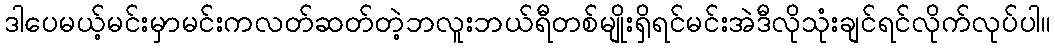
ဒါပေမယ့်မင်းမှာမင်းကလတ်ဆတ်တဲ့ဘလူးဘယ်ရီတစ်မျိုးရှိရင်မင်းအဲဒီလိုသုံးချင်ရင်လိုက်လုပ်ပါ။